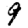
Digit: 9